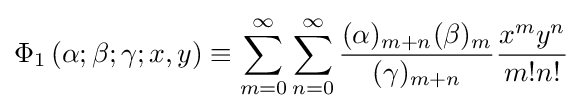
\Phi _{1}\left(\alpha ;\beta ;\gamma ;x,y\right)\equiv \sum _{m=0}^{\infty }\sum _{n=0}^{\infty }{\frac {(\alpha )_{m+n}(\beta )_{m}}{(\gamma )_{m+n}}}{\frac {x^{m}y^{n}}{m!n!}}